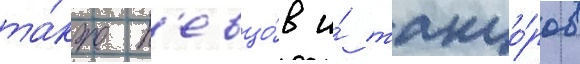
та́кже п'евцо́в и́ танцо́ров